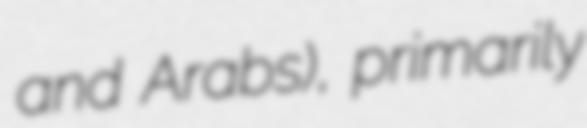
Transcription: and Arabs), primarily